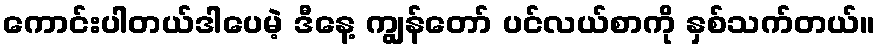
ကောင်းပါတယ်ဒါပေမဲ့ ဒီနေ့ ကျွန်တော် ပင်လယ်စာကို နှစ်သက်တယ်။